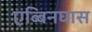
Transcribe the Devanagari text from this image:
एब्बिनघास